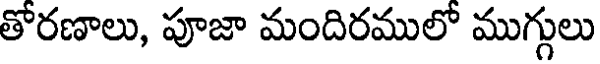
తోరణాలు, పూజా మందిరములో ముగ్గులు